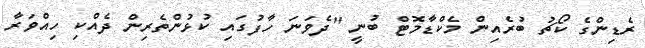
ރެޑިންގެ ކޯޗު ބުރެއިން މެކްޑާމޮޓް ބުނީ "ދެވަނަ ހާފުގައި ކުޅުންތެރިން ދެއްކި ހިއްވަރާ